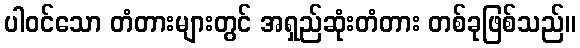
ပါဝင်သော တံတားများတွင် အရှည်ဆုံးတံတား တစ်ခုဖြစ်သည်။